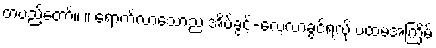
တပည့်တော်။ ။ ရောက်လာသောည အိပ်ခွင့်-လေ့လာခွင့်ရလို့ ပထမအကြိမ်